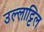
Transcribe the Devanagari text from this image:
उल्लाट्टिल